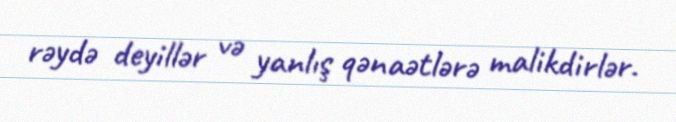
rəydə deyillər və yanlış qənaətlərə malikdirlər.